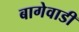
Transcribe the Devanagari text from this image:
बागेवाडी